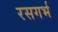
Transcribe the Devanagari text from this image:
रसगर्भ